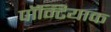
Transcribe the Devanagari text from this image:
पॉन्टियाक